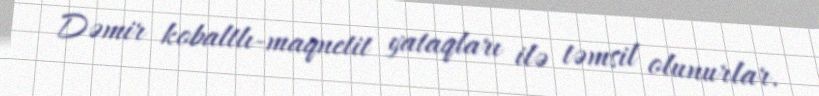
Dəmir kobaltlı-maqnetit yataqları ilə təmsil olunurlar.